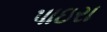
પાઇરા